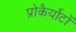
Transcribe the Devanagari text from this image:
प्रोकैर्योटों